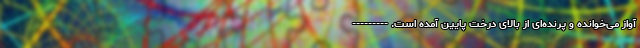
آواز می‌خوانده و پرنده‌ای از بالای درخت پایین آمده است. ---------